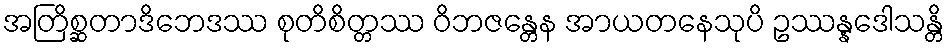
အတြိစ္ဆတာဒိဘေဒဿ စုတိစိတ္တဿ ဝိဘဇန္တေန အာယတနေသုပိ ဥဿန္နဒေါသန္တိ